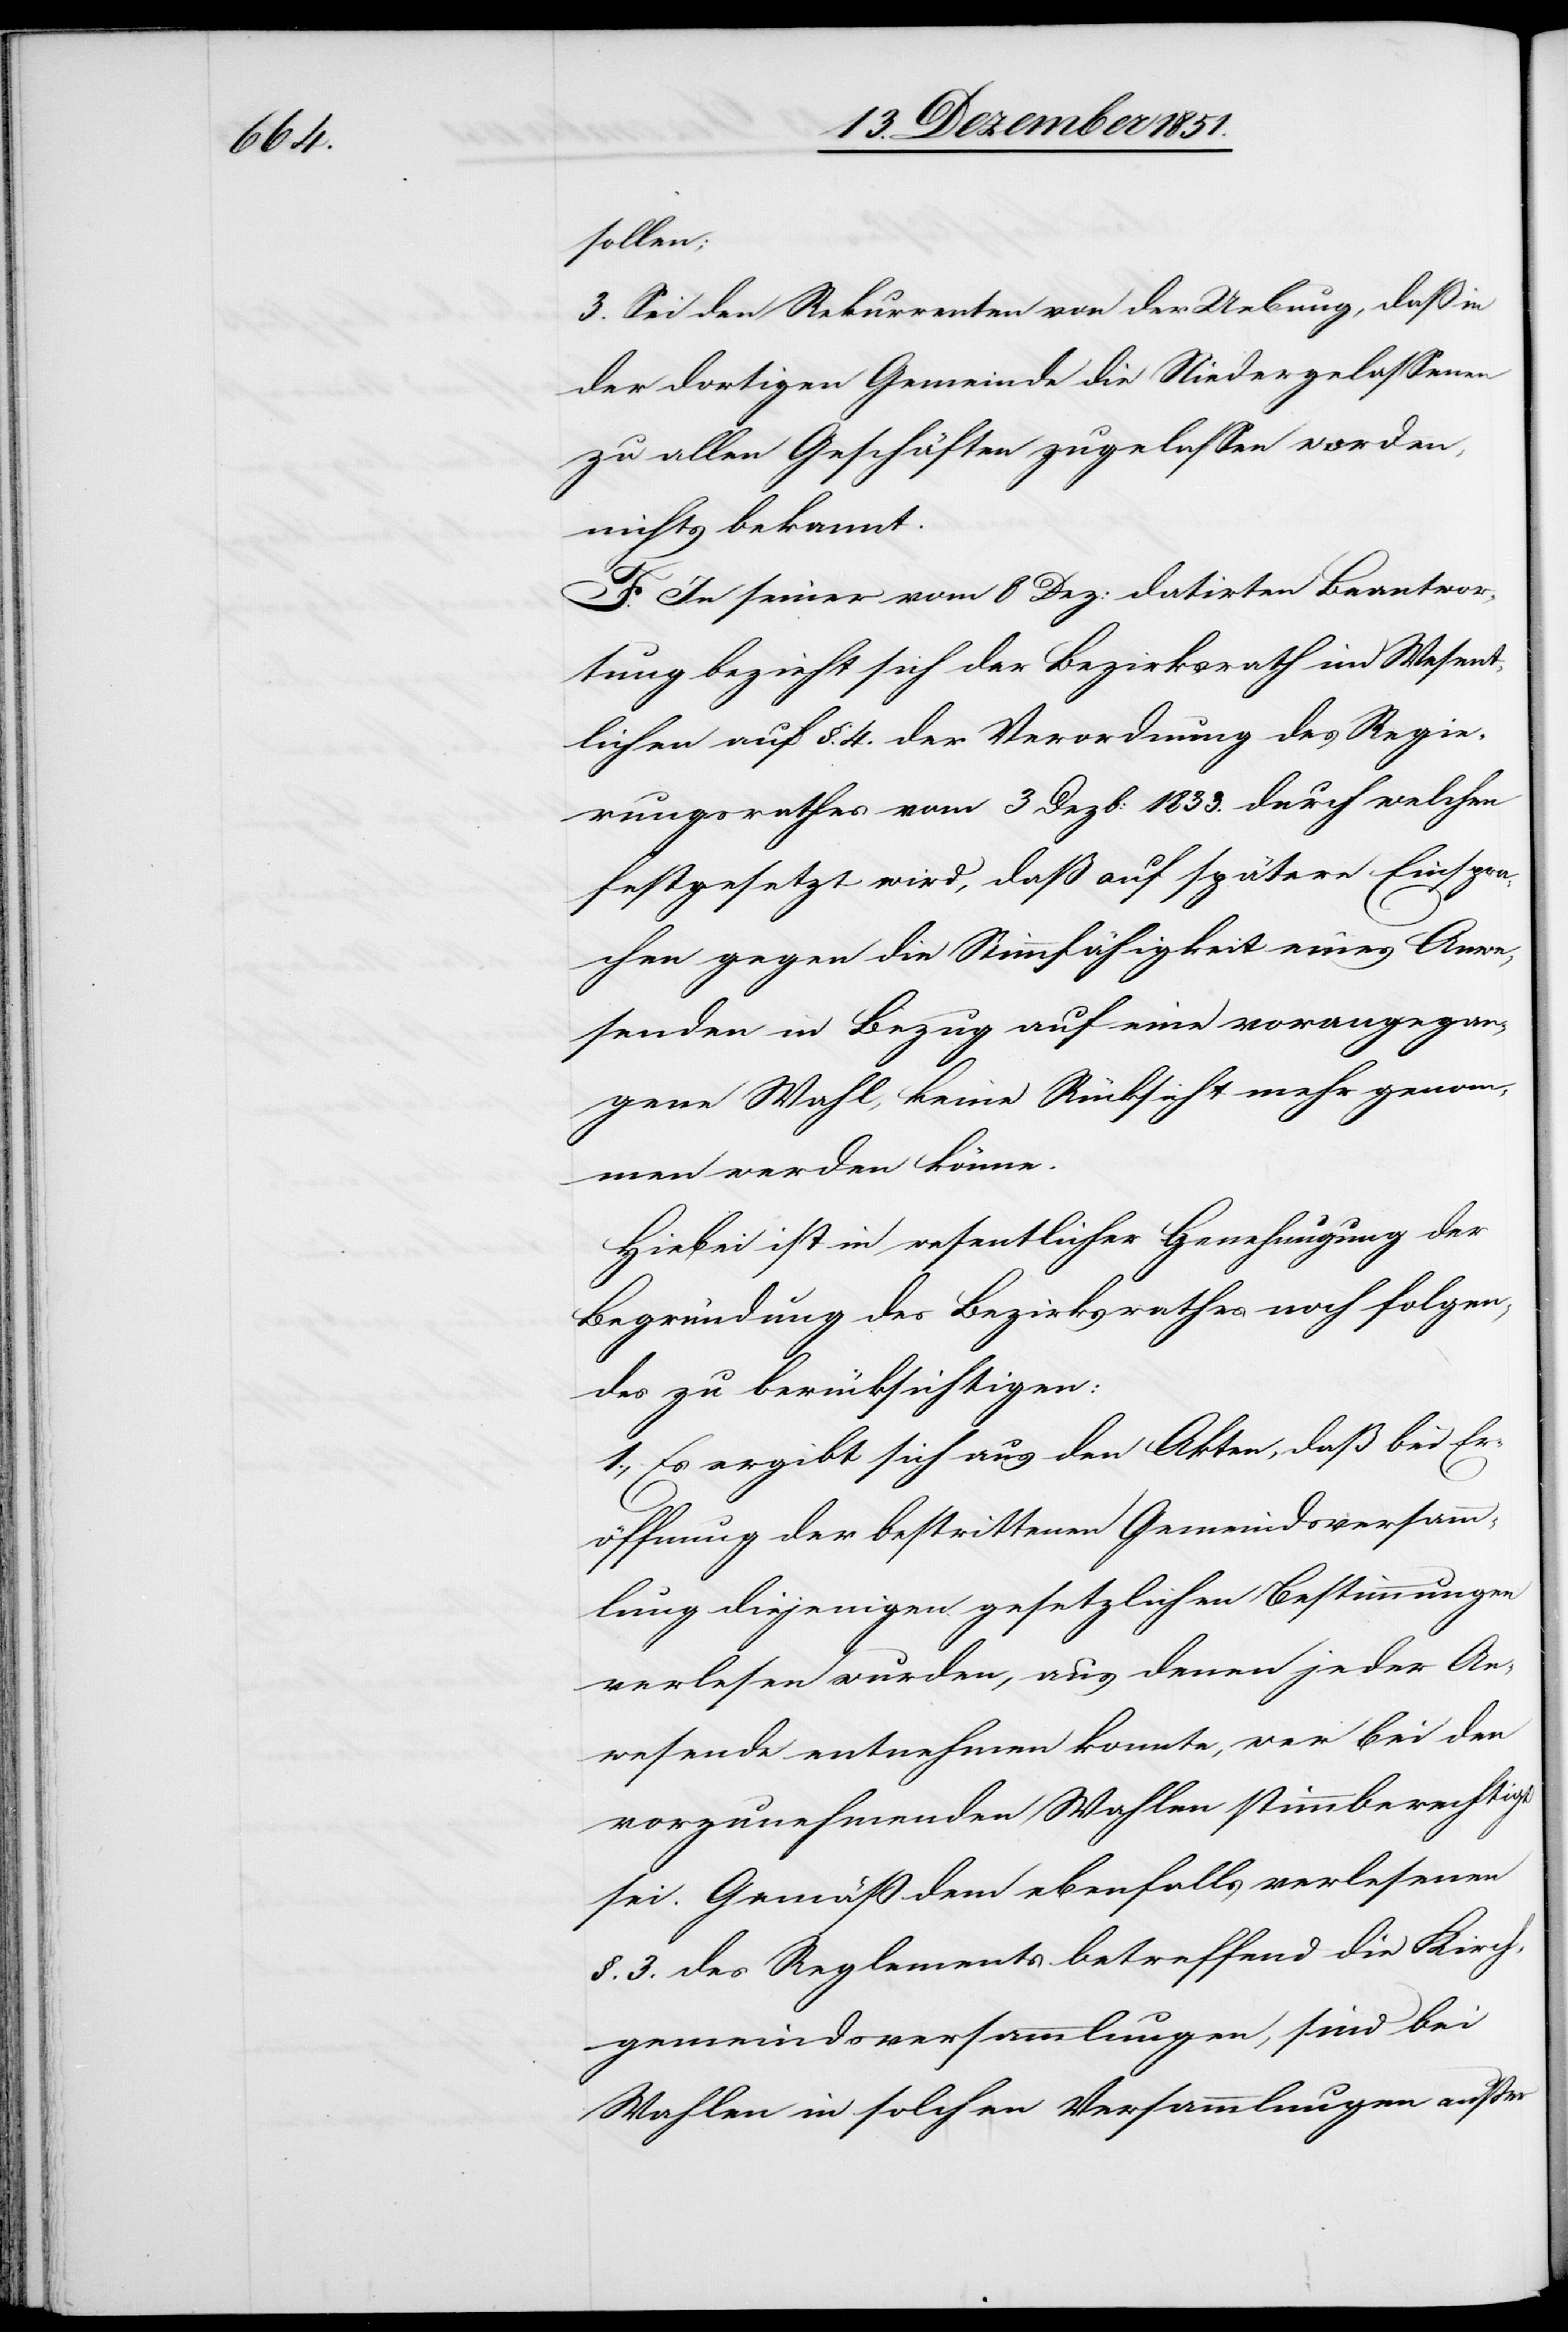
sollen;
3. Sei den Rekurrenten von der Uebung, daß in
der dortigen Gemeinde die Niedergelassenen
zu allen Geschäften zugelassen worden,
nichts bekannt.
F. In seiner vom 8 Dez: datirten Beantwor¬
tung bezieht sich der Bezirksrath im Wesent¬
lichen auf §. 4. der Verordnung des Regie¬
rungsrathes vom 3 Dezb: 1833. durch welchen
festgesetzt wird, daß auf spätere Einspra¬
chen gegen die Stimmfähigkeit eines Anwe¬
senden in Bezug auf eine vorangegan¬
gene Wahl, keine Rücksicht mehr genom¬
men werden könne.
Hiebei ist in wesentlicher Genehmigung der
Begründung des Bezirksrathes noch folgen¬
des zu berücksichtigen:
1., Es ergibt sich aus den Akten, daß bei Er¬
öffnung der bestrittenen Gemeindsversamm¬
lung diejenigen gesetzlichen Bestimmungen
verlesen wurden, aus denen jeder An¬
wesende entnehmen konnte, wer bei den
vorzunehmenden Wahlen stimmberechtigt
sei. Gemäß dem ebenfalls verlesenen
§. 3. des Reglements betreffend die Kirch¬
gemeindsversammlungen, sind bei
Wahlen in solchen Versammlungen außer